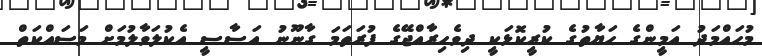
މުޙައްމަދު އަމީންގެ ޙަޔާތުގެ ކުރީކޮޅަކީ ދިވެހިރާއްޖޭގެ ފުރަތަމަ ގާނޫނު އަސާސީ އެކުލަވާލުމަށް މަސައްކަތް